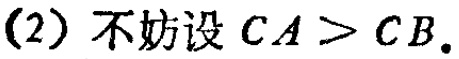
(2) 不妨设 \(CA > CB\).